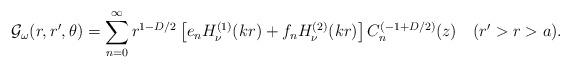
LaTeX: \begin{align*}{\cal G}_\omega (r,r',\theta)=\sum_{n=0}^\infty r^{1-D/2}\left [ e_n H^{(1)}_{\nu }(k r)+f_nH^{(2)}_{\nu}(k r)\right ] C_n ^{(-1+{D/2})}(z)\quad (r'>r>a).\end{align*}